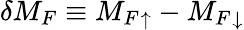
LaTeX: \delta M_{F}\equiv{M_{F}}_{\uparrow}-{M_{F}}_{\downarrow}